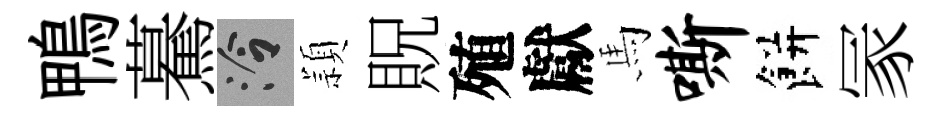
鴨驀泠頴貺殖獻馬嘶餅冡